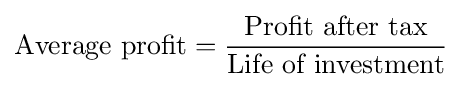
{\mbox{Average profit}}={{\mbox{Profit after tax}} \over {\mbox{Life of investment}}}